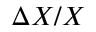
\Delta X / X